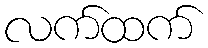
လက်ထက်